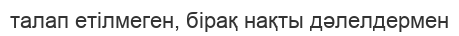
талап етілмеген, бірақ нақты дәлелдермен